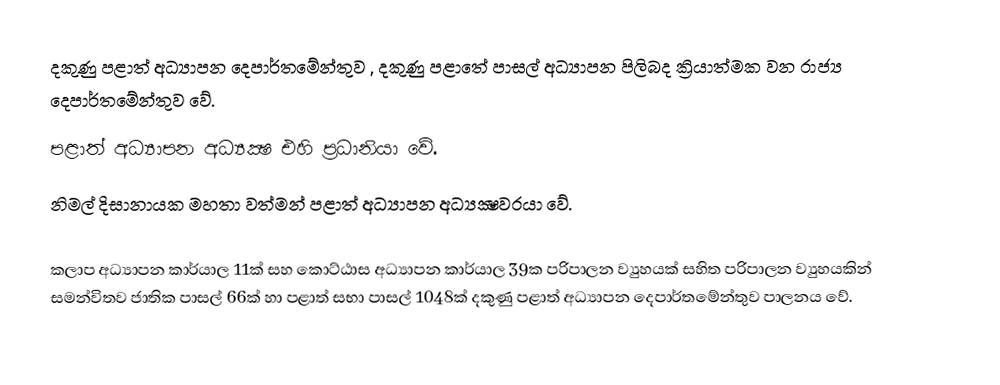
දකුණු පළාත් අධ්‍යාපන දෙපාර්තමේන්තුව , දකුණු පළාතේ පාසල් අධ්‍යාපන පිලිබද ක්‍රියාත්මක වන රාජ්‍ය දෙපාර්තමේන්තුව වේ.
පළාත් අධ්‍යාපන අධ්‍යක්‍ෂ එහි ප්‍රධානියා වේ.
නිමල් දිසානායක මහතා වත්මන් පළාත් අධ්‍යාපන අධ්‍යක්‍ෂවරයා වේ.

කලාප අධ්‍යාපන කාර්යාල 11ක් සහ කොට්ඨාස අධ්‍යාපන කාර්යාල 39ක පරිපාලන ව්‍යුහයක් සහිත පරිපාලන ව්‍යුහයකින් සමන්විතව ජාතික පාසල් 66ක් හා පළාත් සභා පාසල් 1048ක් දකුණු පළාත් අධ්‍යාපන දෙපාර්තමේන්තුව පාලනය වේ.